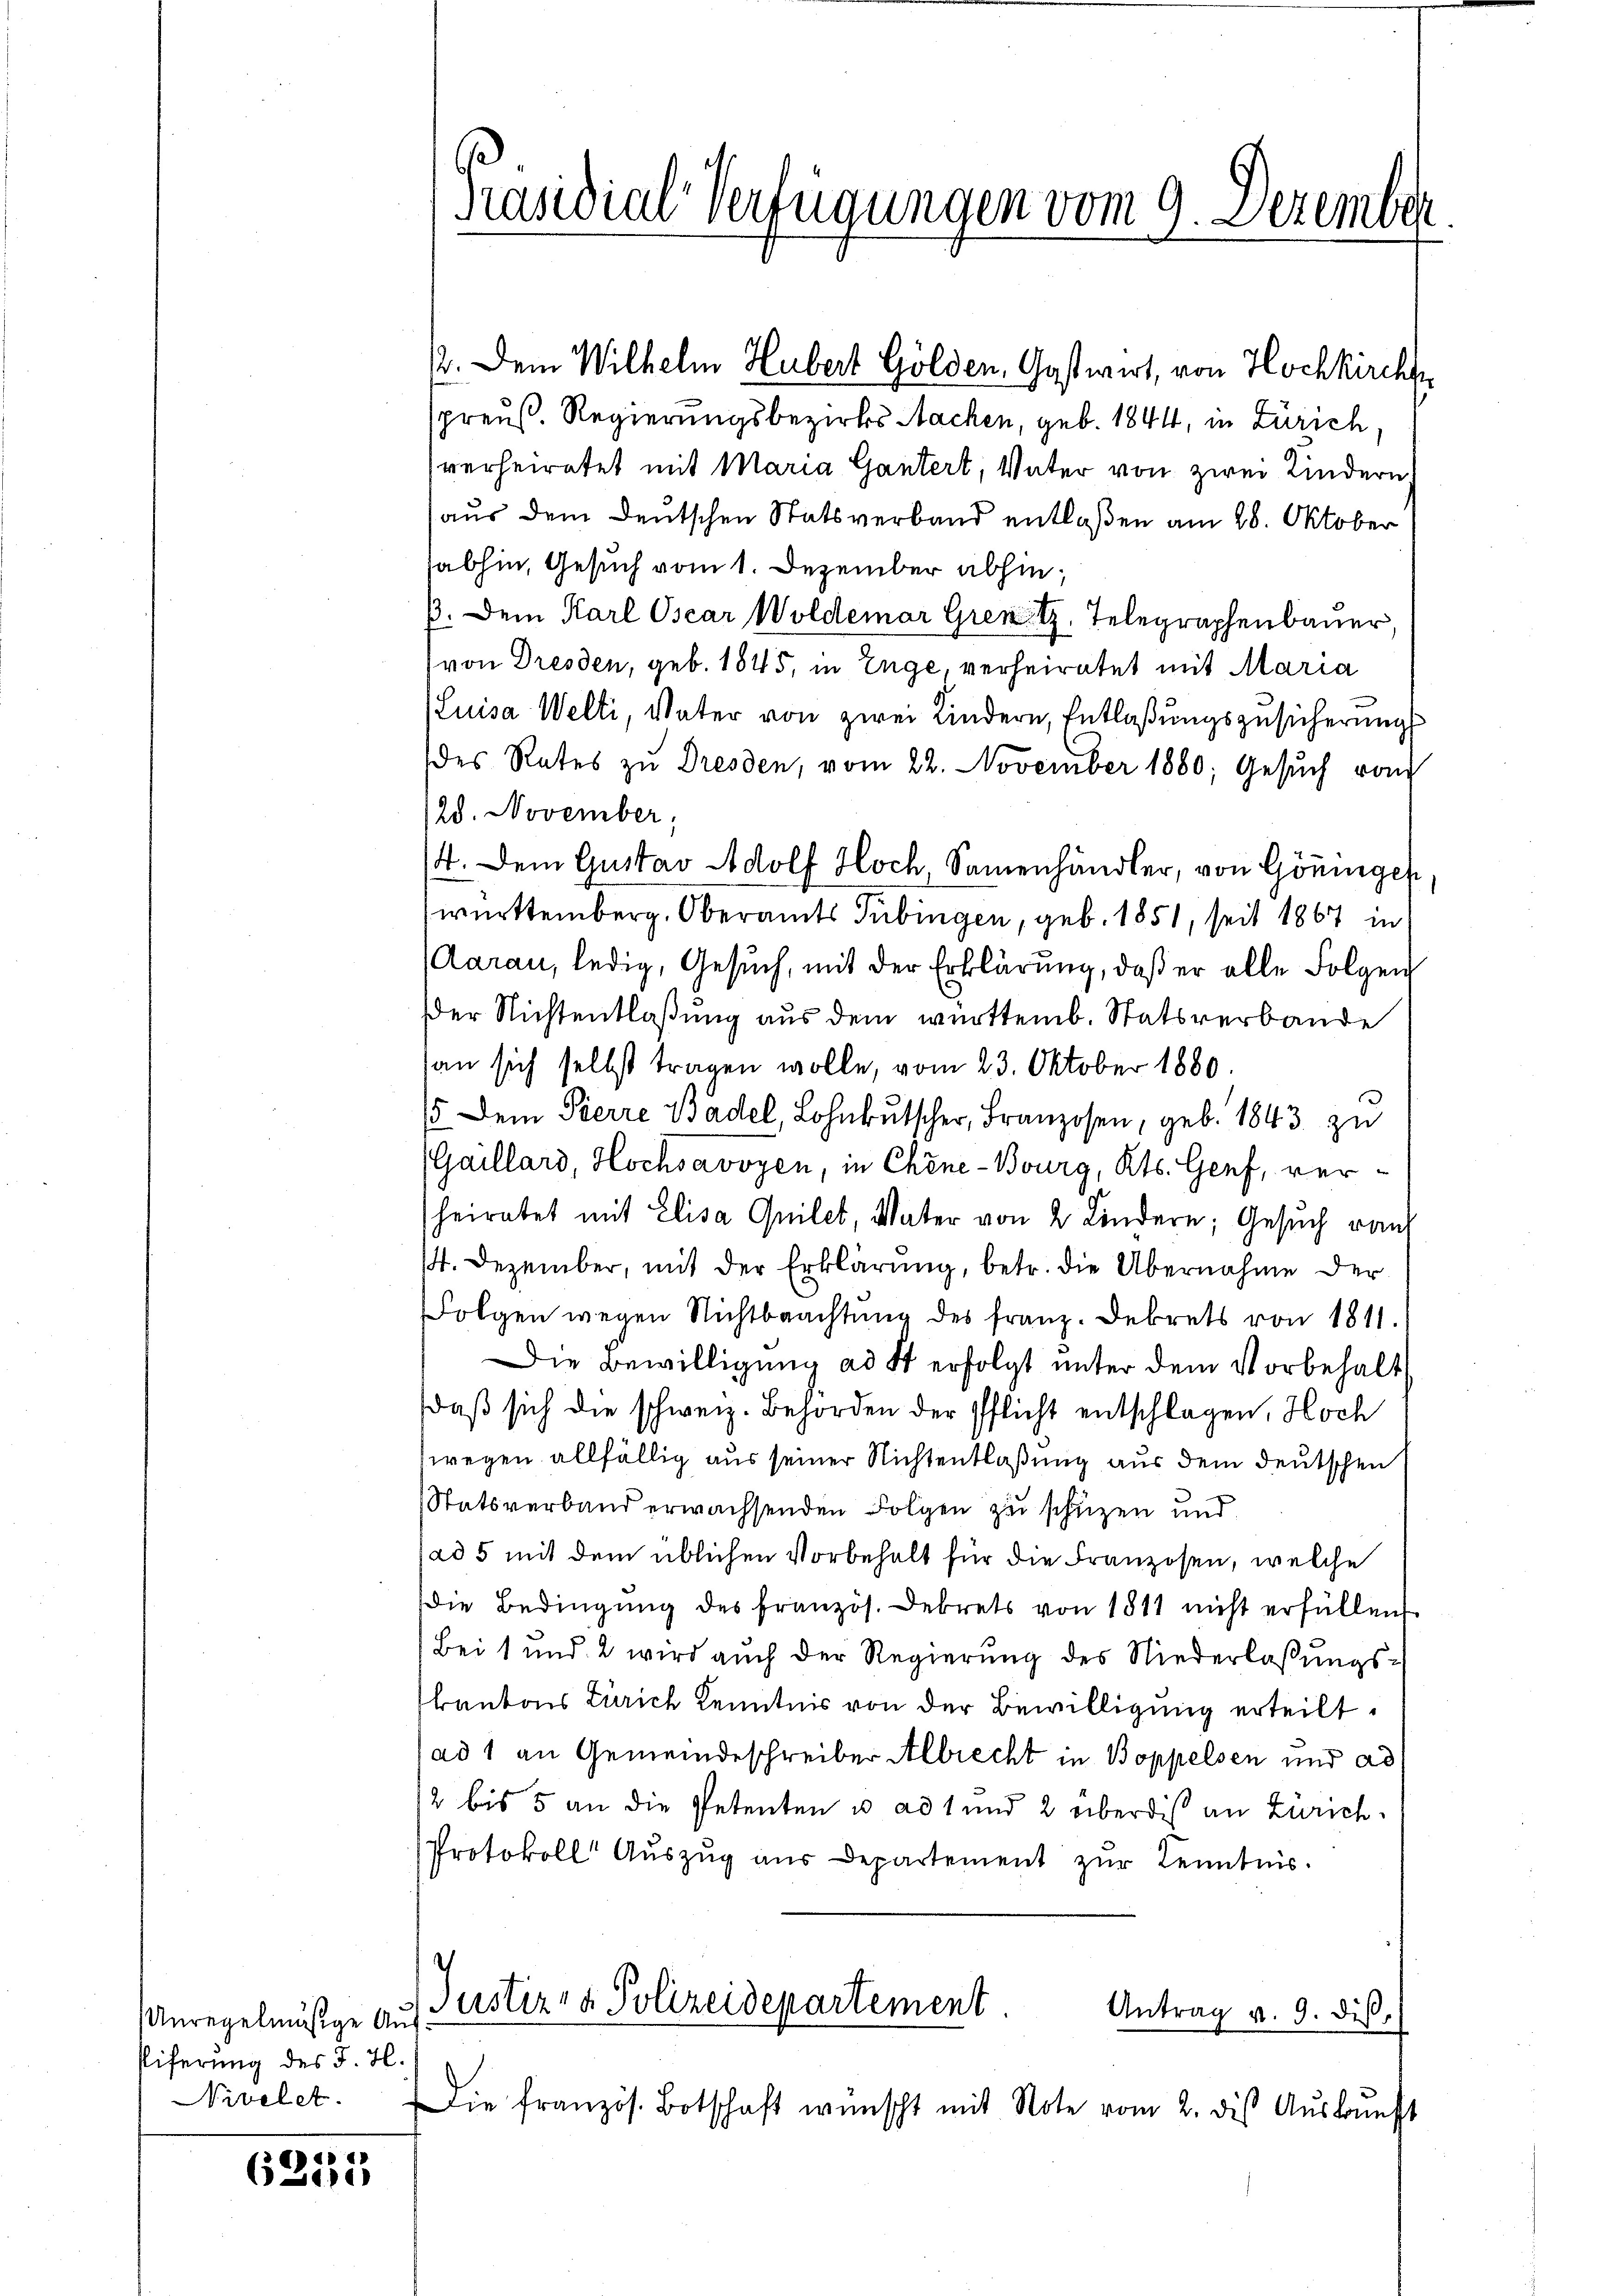
Unregelmäßige Aus
Eiferung des J. H.
Nivelet.

6255

Präsidial-Verfügungen vom 9. Dezember

½. Dem Wilhelm Hubert Gölden, Gastwirt, von Hochkirche
spreuß. Regierungsbezirks Sachen, geb. 1844, in Zürich,
verheiratet mit Maria Gantert, Vater von zwei Kindern
aus dem Deutschen Statsverband entlaßen am 28. Oktober
sabhin, Gesuch vom 1. Dezember abhin,
ß. Dem Karl Oscar Woldemar Grent Telegraphenbauer,
von Dresden, geb. 1845, in Enge, verheiratet mit Maria
(Luisa Welti, Vater von zwei Kindern, Entlaßungszusicherung
des Rates zu Dresden, vom 22. November 1880; Gesŭch vom
28. November;
4. Dem Gustav Adolf Hoch Samenhändler, von Göningen
württemberg. Oberamts Tübingen, geb. 1851, seit 1867 in
Aarau, ledig, Gesuch, mit der Erklärung, daß er alle Folgen
Der Nichtentlaßung aus dem württemb. Statsverbande
an sich selbst tragen wolle, vom 23. Oktober 1880.
15. Dem Pierre Basel, Lohnkutscher, Franzosen, geb. 1843. zu
(Gaillard, Hochsavoyen, in Chine-Bourg, Kts. Genf, verheiratet mit Elisa Quilet, Vater von 2 Kindern; Gesuch von
14. Dezember, mit der Erklärung, betr. die Übernahme der
Folgen wegen Nichtbeachtŭng des franz. Dekrets von 1811.
Die Bewilligung ad St erfolgt unter dem Vorbehalt
daß sich die schweiz. Behörden der Pflicht entschlagen, Hoch
wegen allfällig aus seiner Nichtentlaßung aus dem deutschen
Statsverband erwachsenden Folgen zu schützen und
ad 5 mit dem üblichen Vorbehalt für die Franzosen, welche
die Bedingŭng des französ. Dekrets von 1811 nicht erfüllen
Bei 1 und 2 wird auch der Regierung des Niederlaßungskantons Zürich Kenntnis von der Bewilligung erteilt.
ad 1 an Gemeindeschreiber Albrecht in Boppelsen und ad
2 bis 5 an die Petenten u. ad 1 und 2 überdis an Zürich.
Protokoll Auszug aus Departement zur Kenntnis.
Justiz- & Polizeidepartement.
Antrag v. 9. dis.
Die französ. Botschaft wünscht mit Note vom 2. des Auskunft